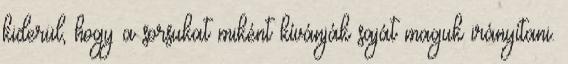
kiderül, hogy a sorsukat miként kívánják saját maguk irányítani.